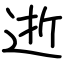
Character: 逝